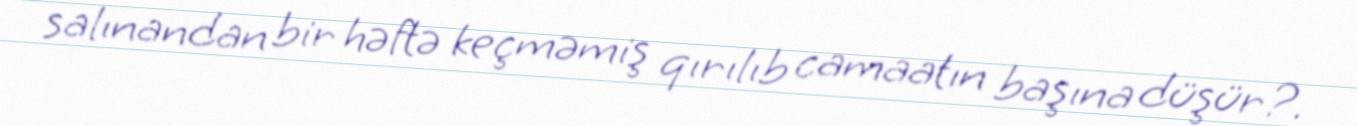
salınandan bir həftə keçməmiş qırılıb camaatın başına düşür?.